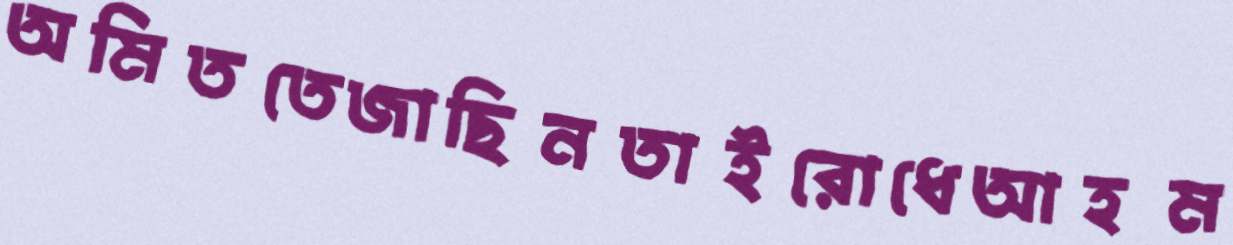
অমিততেজাছিনতাইরোধেআহম